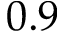
0 . 9